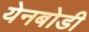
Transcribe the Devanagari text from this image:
येनबोडी